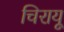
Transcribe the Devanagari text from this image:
चिरायू